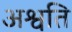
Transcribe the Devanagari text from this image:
अश्वति